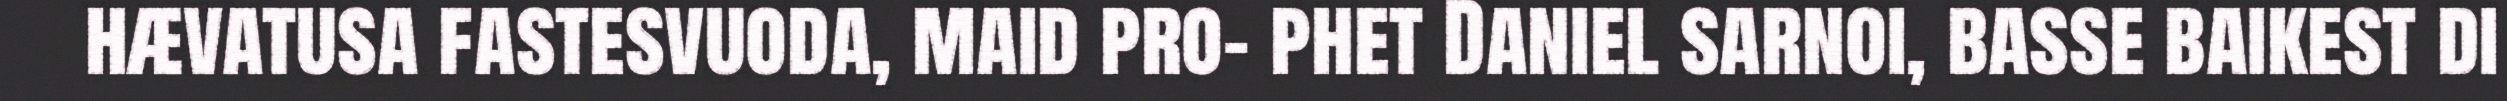
hævatusa fastesvuoda, maid pro- phet Daniel sarnoi, basse baikest di